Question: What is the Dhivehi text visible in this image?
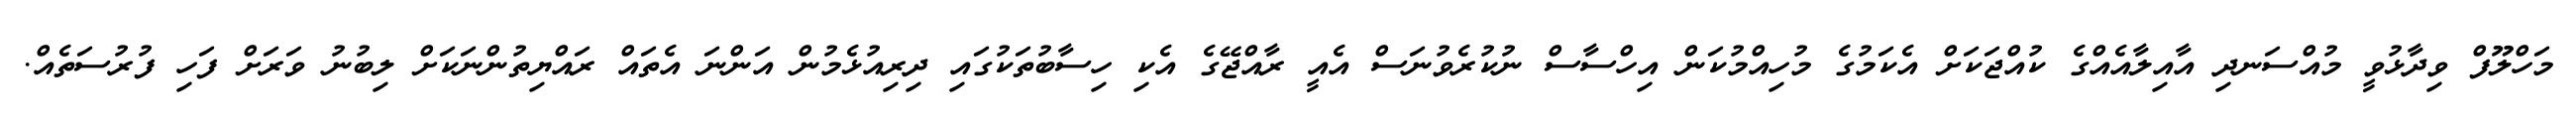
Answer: މަހްލޫފް ވިދާޅުވީ މުއްސަނދި އާއިލާއެއްގެ ކުއްޖަކަށް އެކަމުގެ މުހިއްމުކަން އިހްސާސް ނުކުރެވުނަސް އެއީ ރާއްޖޭގެ އެކި ހިސާބުތަކުގައި ދިރިއުޅެމުން އަންނަ އެތައް ރައްޔިތުންނަކަށް ލިބުނު ވަރަށް ފަހި ފުރުސަތެއް.